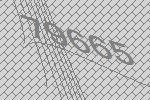
79665